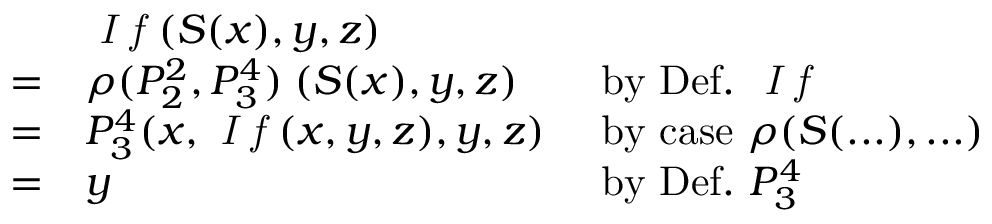
{ \begin{array} { l l l } & { { \textit { I f } } ( S ( x ) , y , z ) } \\ { = } & { \rho ( P _ { 2 } ^ { 2 } , P _ { 3 } ^ { 4 } ) \; ( S ( x ) , y , z ) } & { { \mathrm { ~ b y ~ D e f . ~ } } { \textit { I f } } } \\ { = } & { P _ { 3 } ^ { 4 } ( x , { \textit { I f } } ( x , y , z ) , y , z ) } & { { \mathrm { ~ b y ~ c a s e ~ } } \rho ( S ( . . . ) , . . . ) } \\ { = } & { y } & { { \mathrm { ~ b y ~ D e f . ~ } } P _ { 3 } ^ { 4 } } \end{array} }